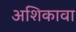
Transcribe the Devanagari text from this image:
अशिकावा